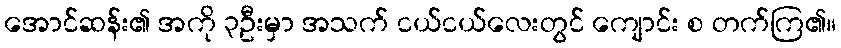
အောင်ဆန်း၏ အကို ၃ဦးမှာ အသက် ငယ်ငယ်လေးတွင် ကျောင်း စ တက်ကြ၏။